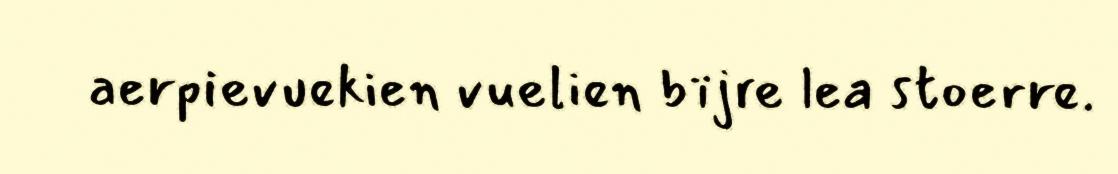
aerpievuekien vuelien bïjre lea stoerre.